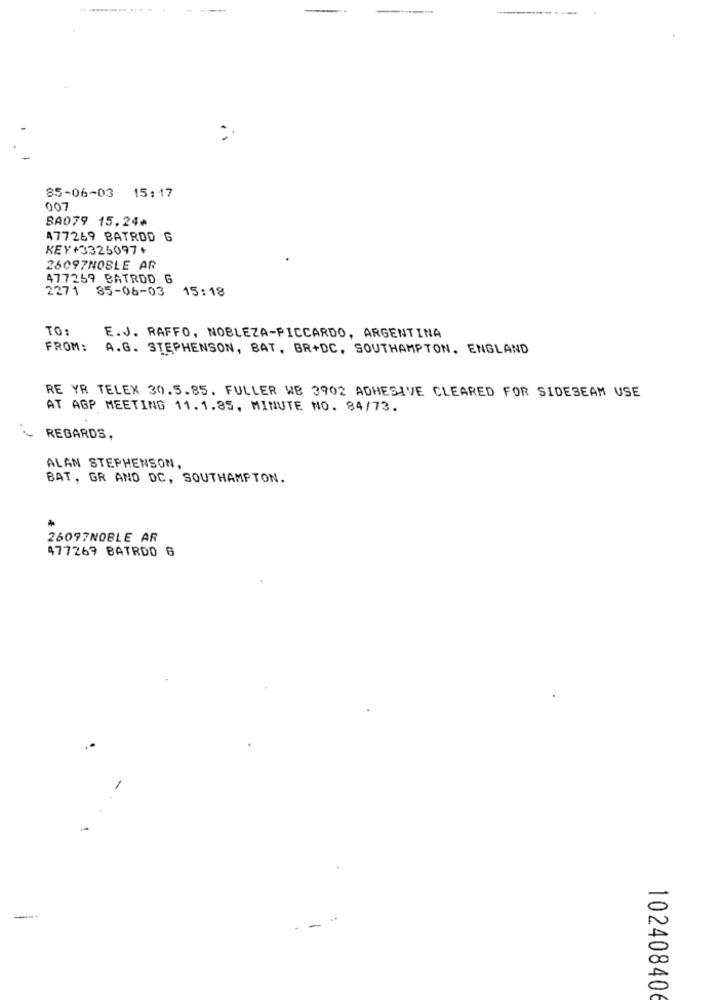
85-06-03 15:17
007
BA079 15.24m
477269 BATRDD G
KEY+3325097+
26097NOBLE AR
477259 BATROD G
2271 85-06-03
15:18
TO:
E.J. RAFFO, NOBLEZA-PICCARDO, ARGENTINA
FROM:
A.G. STEPHENSON, BAT, BR+DC, SOUTHAMPTON, ENGLAND
RE YR TELEX 30.5.85. FULLER WE 3902 ADHESIVE CLEARED FOR SIDESEAM USE
AT AGP MEETING 11.1.85, MINUTE NO. 84/73.
REGARDS,
ALAN STEPHENSON.
BAT, GR AND DC, SOUTHAMPTON.
26097NOBLE AR
477269 BATRDO 6
10240840